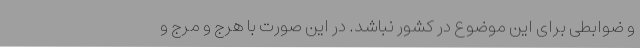
و ضوابطی برای این موضوع در کشور نباشد. در این صورت با هرج و مرج و